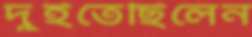
দুইতেছিলেন